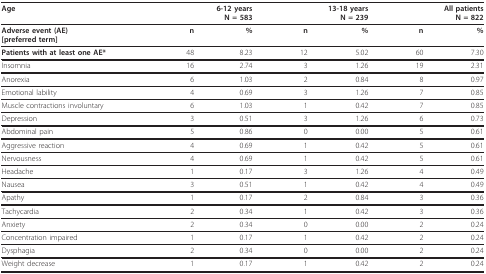
<table><thead><tr><td><b>Age</b></td><td colspan="2"><b>6-12 yearsN = 583</b></td><td colspan="2"><b>13-18 yearsN = 239</b></td><td colspan="2"><b>All patientsN = 822</b></td></tr></thead><tbody><tr><td><b>Adverse event (AE)</b><b>[preferred term]</b></td><td><b>n</b></td><td><b>%</b></td><td><b>n</b></td><td><b>%</b></td><td><b>n</b></td><td><b>%</b></td></tr><tr><td><b>Patients with at least one AE*</b></td><td>48</td><td>8.23</td><td>12</td><td>5.02</td><td>60</td><td>7.30</td></tr><tr><td>Insomnia</td><td>16</td><td>2.74</td><td>3</td><td>1.26</td><td>19</td><td>2.31</td></tr><tr><td>Anorexia</td><td>6</td><td>1.03</td><td>2</td><td>0.84</td><td>8</td><td>0.97</td></tr><tr><td>Emotional lability</td><td>4</td><td>0.69</td><td>3</td><td>1.26</td><td>7</td><td>0.85</td></tr><tr><td>Muscle contractions involuntary</td><td>6</td><td>1.03</td><td>1</td><td>0.42</td><td>7</td><td>0.85</td></tr><tr><td>Depression</td><td>3</td><td>0.51</td><td>3</td><td>1.26</td><td>6</td><td>0.73</td></tr><tr><td>Abdominal pain</td><td>5</td><td>0.86</td><td>0</td><td>0.00</td><td>5</td><td>0.61</td></tr><tr><td>Aggressive reaction</td><td>4</td><td>0.69</td><td>1</td><td>0.42</td><td>5</td><td>0.61</td></tr><tr><td>Nervousness</td><td>4</td><td>0.69</td><td>1</td><td>0.42</td><td>5</td><td>0.61</td></tr><tr><td>Headache</td><td>1</td><td>0.17</td><td>3</td><td>1.26</td><td>4</td><td>0.49</td></tr><tr><td>Nausea</td><td>3</td><td>0.51</td><td>1</td><td>0.42</td><td>4</td><td>0.49</td></tr><tr><td>Apathy</td><td>1</td><td>0.17</td><td>2</td><td>0.84</td><td>3</td><td>0.36</td></tr><tr><td>Tachycardia</td><td>2</td><td>0.34</td><td>1</td><td>0.42</td><td>3</td><td>0.36</td></tr><tr><td>Anxiety</td><td>2</td><td>0.34</td><td>0</td><td>0.00</td><td>2</td><td>0.24</td></tr><tr><td>Concentration impaired</td><td>1</td><td>0.17</td><td>1</td><td>0.42</td><td>2</td><td>0.24</td></tr><tr><td>Dysphagia</td><td>2</td><td>0.34</td><td>0</td><td>0.00</td><td>2</td><td>0.24</td></tr><tr><td>Weight decrease</td><td>1</td><td>0.17</td><td>1</td><td>0.42</td><td>2</td><td>0.24</td></tr></tbody></table>